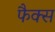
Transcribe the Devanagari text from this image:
फैक्‍स